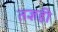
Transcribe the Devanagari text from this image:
तज्ञही